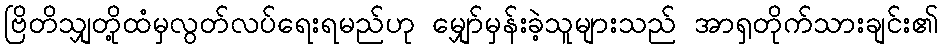
ဗြိတိသျှတို့ထံမှလွတ်လပ်ရေးရမည်ဟု မျှော်မှန်းခဲ့သူများသည် အာရှတိုက်သားချင်း၏